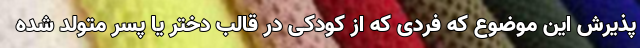
پذیرش این موضوع که فردی که از کودکی در قالب دختر یا پسر متولد شده